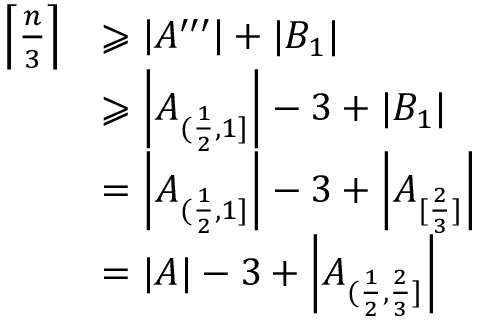
\begin{array} { r l } { \left\lceil \frac { n } { 3 } \right\rceil } & { \geqslant \left| A ^ { \prime \prime \prime } \right| + | B _ { 1 } | } \\ & { \geqslant \left| A _ { ( \frac { 1 } { 2 } , 1 ] } \right| - 3 + | B _ { 1 } | } \\ & { = \left| A _ { ( \frac { 1 } { 2 } , 1 ] } \right| - 3 + \left| A _ { [ \frac { 2 } { 3 } ] } \right| } \\ & { = | A | - 3 + \left| A _ { ( \frac { 1 } { 2 } , \frac { 2 } { 3 } ] } \right| } \end{array}